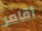
أقامر